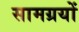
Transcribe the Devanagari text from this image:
सामग्रयों